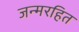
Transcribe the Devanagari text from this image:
जन्मरहित